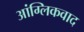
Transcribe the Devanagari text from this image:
आंग्लिकवाद